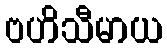
ဗဟိသီမာယ